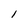
Character: 1